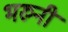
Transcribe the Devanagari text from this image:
भरुनी